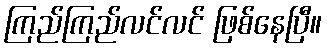
ကြည်ကြည်လင်လင် ဖြစ်နေပြီ။